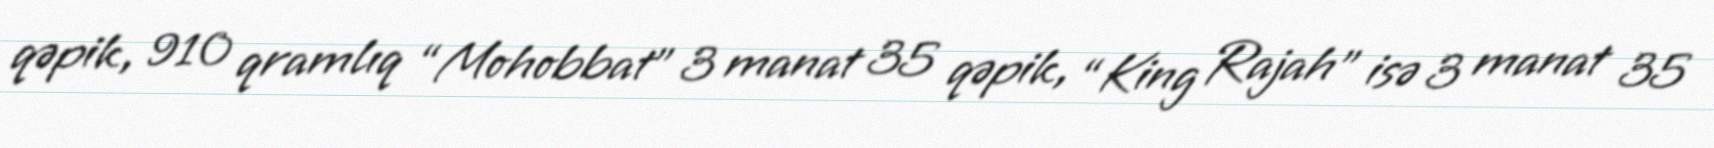
qəpik, 910 qramlıq “Mohobbat” 3 manat 35 qəpik, “King Rajah” isə 3 manat 35